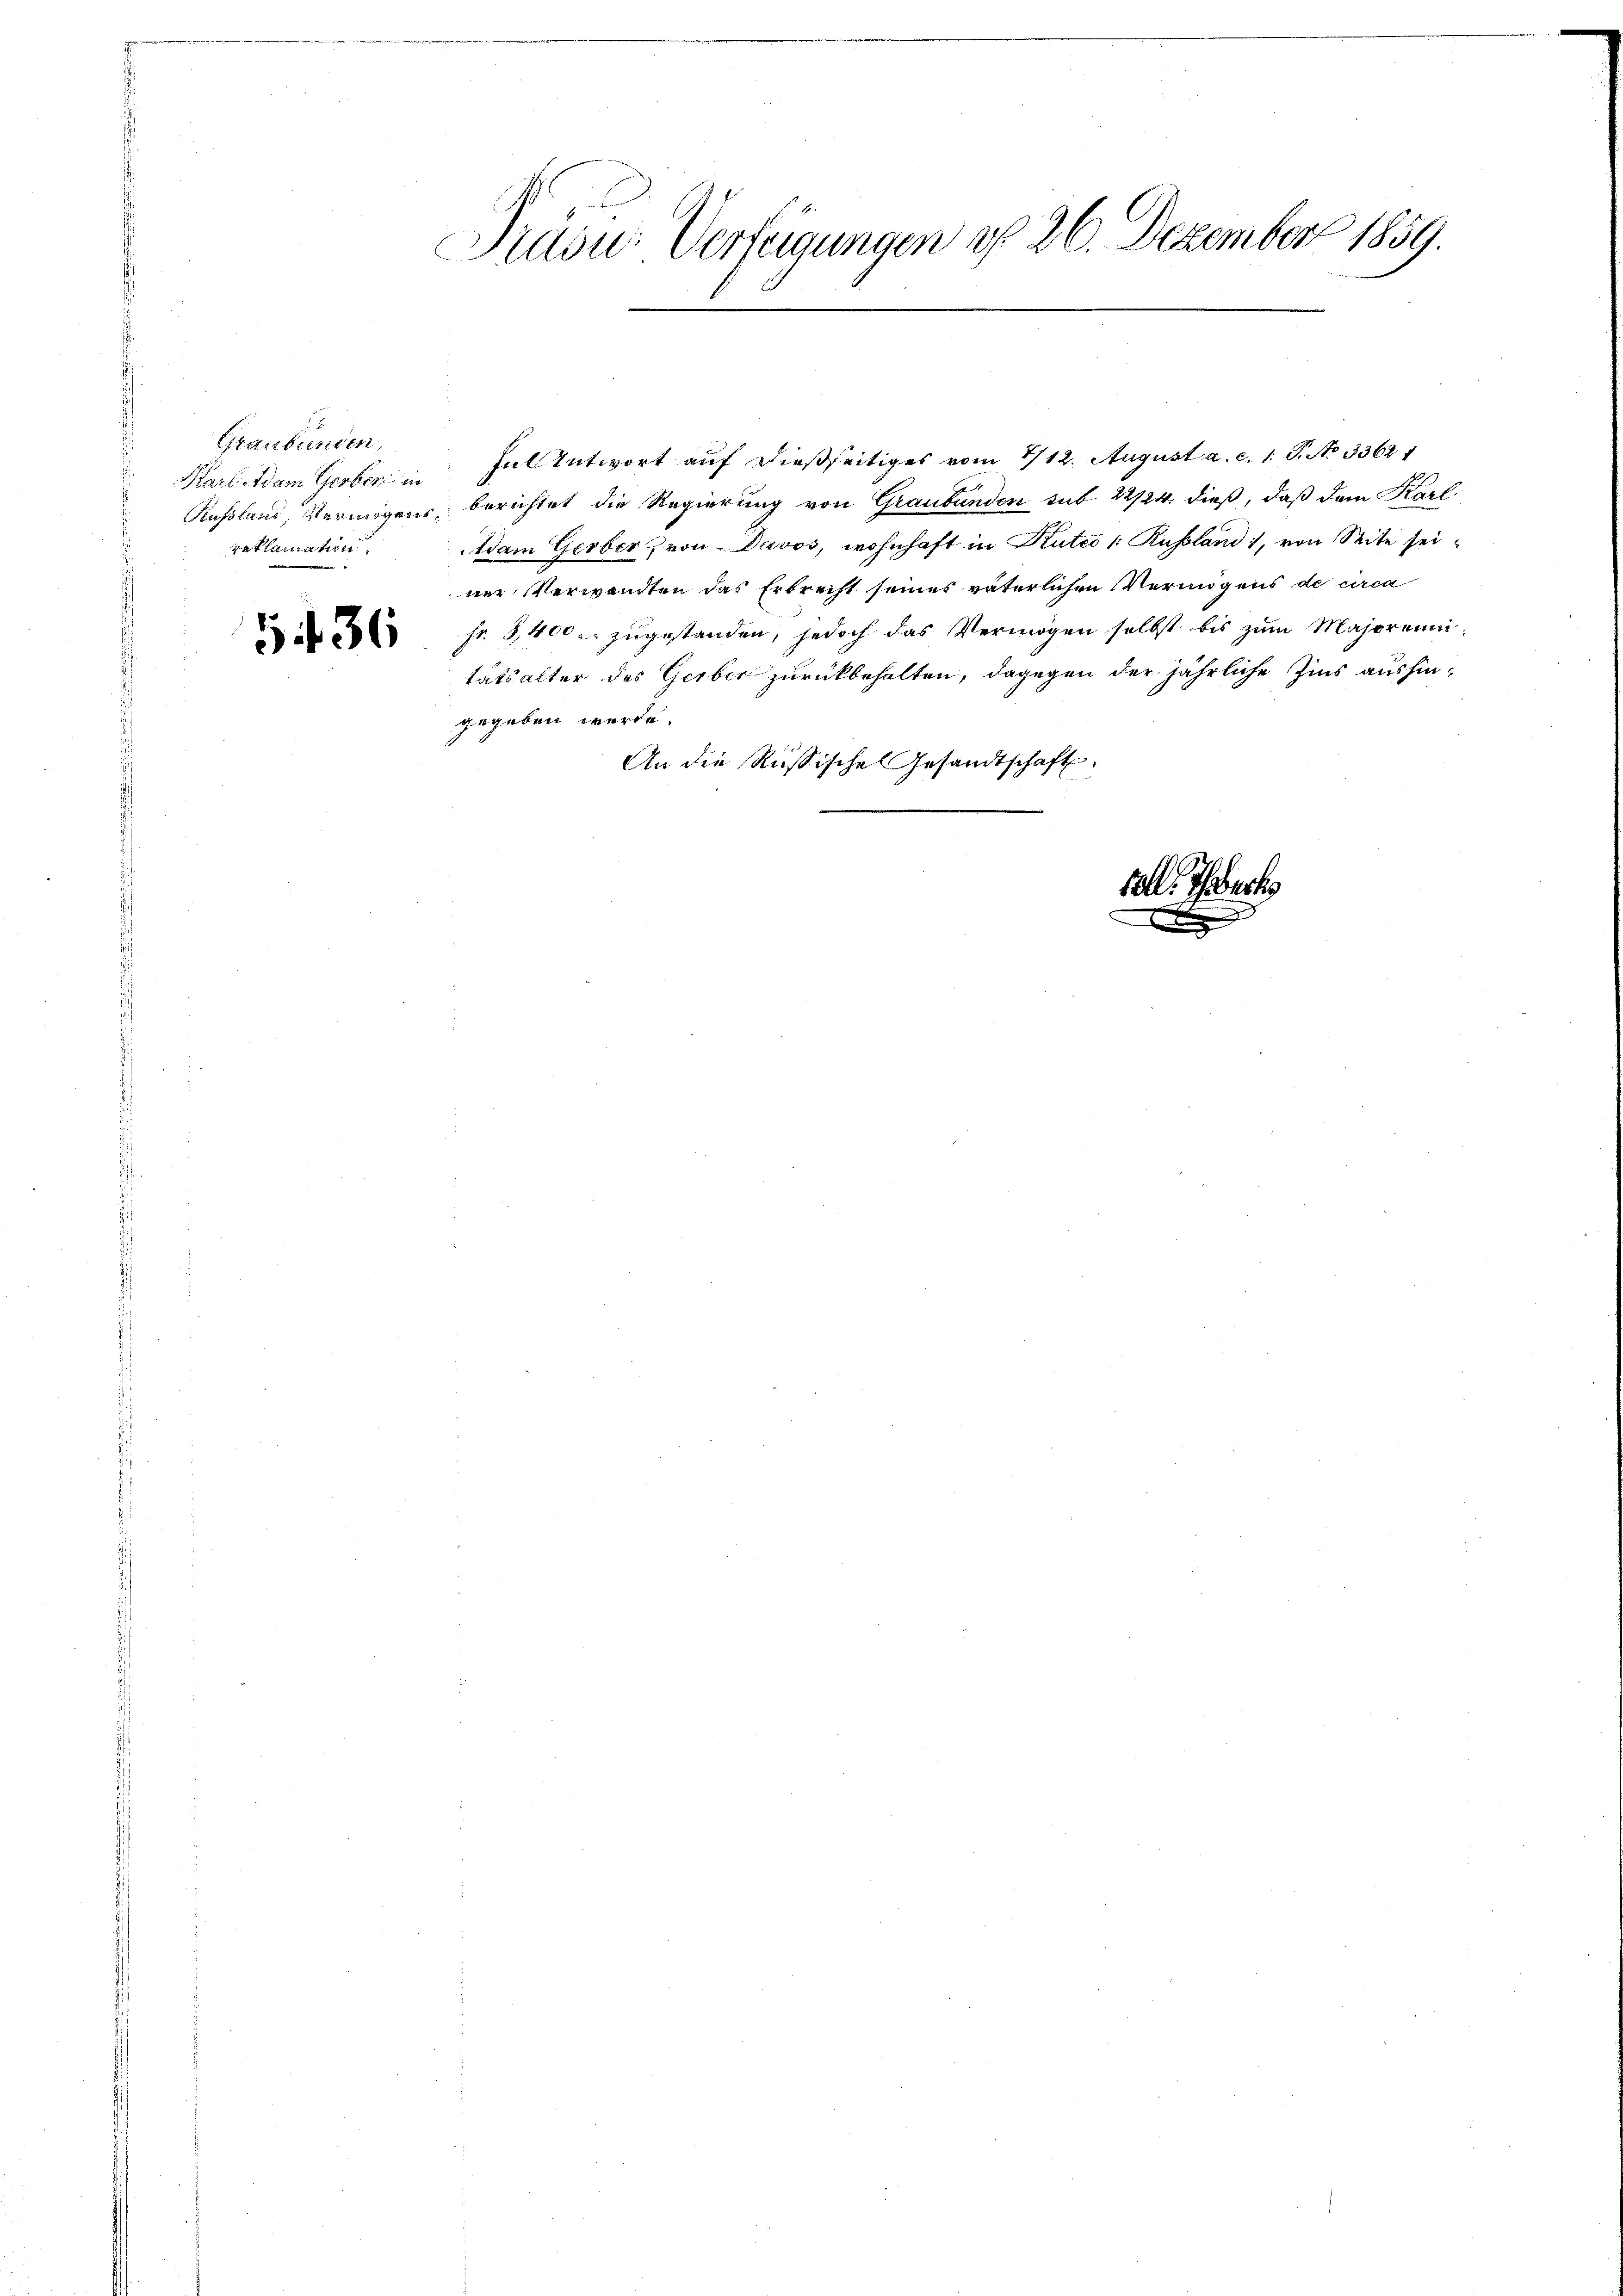
Graubünden,
reklamation

Präsu: Verfügungen d. 26. Dezember 1859.

Karl Adam Gerben in Ful entwort auf dießseitiges vom 1/12. August a. c. 1. P. No 3362. 1
Russland, Vermögens, berichtet die Regierung von Graubünden sub 22/24. dieß, daß dem Karl
Adam Gerber, von Davos, wohnhaft in Stutto (: Russland), von Seite seiner Verwandten das Erbrecht seines väterlichen Vermögens de circa
 fr. 8400. zŭgestanden, jedoch das Vermögen selbst bis zŭm Majorennitätsalter des Gerber zurückbehalten, dagegen der jährliche Zins aushingegeben werde.
An die Russische Gesandtschaft.
tal. Toberh
x